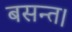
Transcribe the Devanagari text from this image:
बसन्त।